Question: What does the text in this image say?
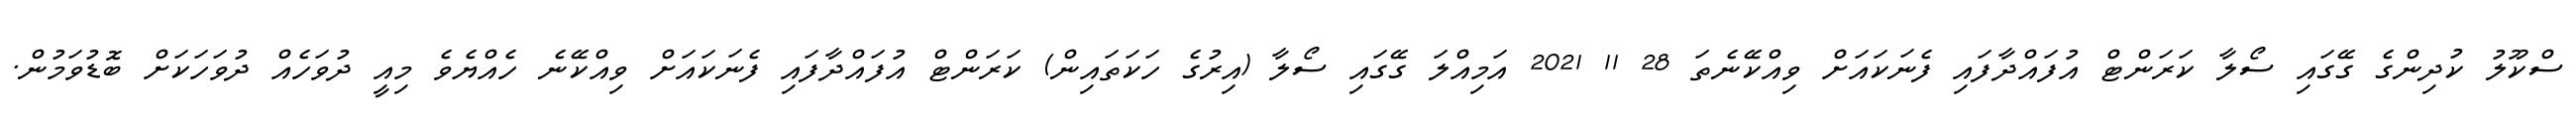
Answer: ސްކޫލު ކުދިންގެ ގޭގައި ސޯލާ ކަރަންޓް އުފައްދާފައި ފެނަކައަށް ވިއްކޭނެތަ 28 11 2021 އަމިއްލަ ގޭގައި ސޯލާ (އިރުގެ ހަކަތައިން) ކަރަންޓް އުފައްދާފައި ފެނަކައަށް ވިއްކޭނެ ހެއްޔެވެ މިއީ ދުވަހެއް ދުވަހަކަށް ބޮޑުވަމުން.